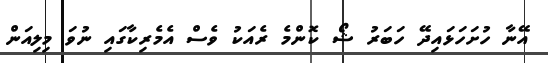
އޭނާ ހުށަހަޅައިދޭ ހަބަރު ޝޯ ކޮންމެ ރެއަކު ވެސް އެމެރިކާގައި ނުވަ މިލިއަން